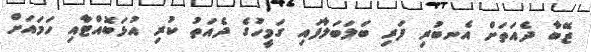
ޒޭބާ ދެއަތަށް އެނބުރި ފަރި ބަލަބަލާފައި ގަމީހުގެ ދެއަތު ކުރި އުޅަބޮއްޓާއި ހަމައަށް